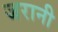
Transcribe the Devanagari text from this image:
जरानी